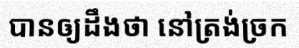
បានឲ្យដឹងថា នៅត្រង់ច្រក